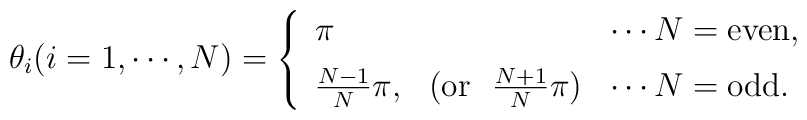
\theta_i (i=1,\cdots, N)=\left\{\begin{array}{lcl} \pi & & \cdots N={\rm even}, \\[0.2cm]{{N-1}\over N}\pi, & ({\rm or}~~{{N+1}\over N}\pi) &\cdots N={\rm odd}.\end{array}\right.